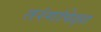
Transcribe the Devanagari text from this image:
तरंगांपेक्षा